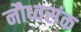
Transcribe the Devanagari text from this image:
नौध्वसंक